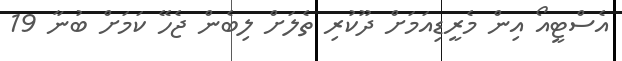
އެސްޓީއޯ އިން މެރީޑިއަމަށް ދޫކުރި ތެލަށް ލިބެން ޖެހޭ ކަމަށް ބުނާ 19